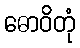
ဓောဝိတုံ